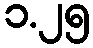
၁.၂၅